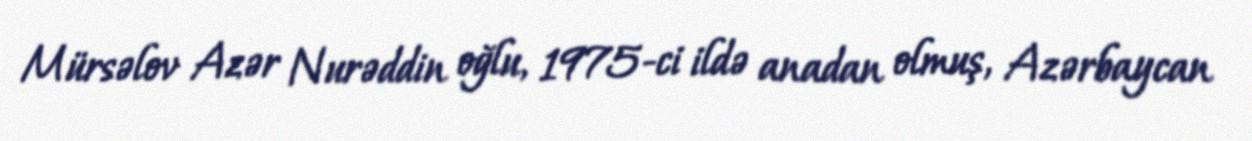
Mürsəlov Azər Nurəddin oğlu, 1975-ci ildə anadan olmuş, Azərbaycan